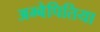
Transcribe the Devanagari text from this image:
अम्बेपितिया